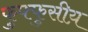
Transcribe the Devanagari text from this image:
फुफ्फुसीय़